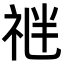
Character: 𥙪